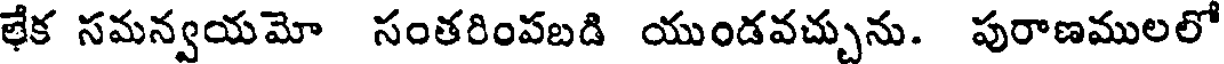
భేక సమన్వయమో సంతరింపబడి యుండవచ్చును. పురాణములలో